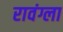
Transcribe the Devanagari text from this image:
रावंग्ला